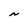
Character: N